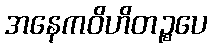
အနေကဝိဟိတဉ္စပေ